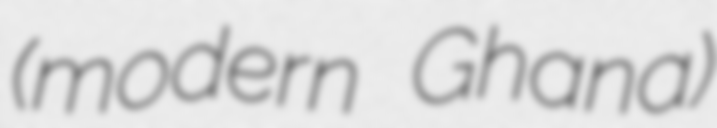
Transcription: (modern Ghana)